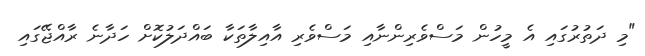
"މި ދަތުރުގައި އެ މީހުން މަސްވެރިންނާއި މަސްވެރި އާއިލާތަކާ ބައްދަލުކޮށް ހަދާނެ ރާއްޖޭގައި